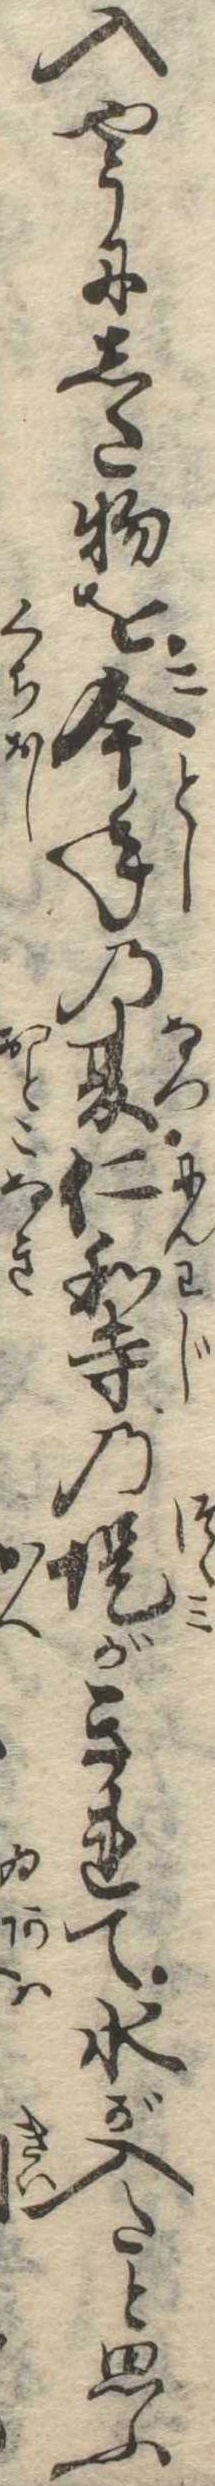
入やうにした物を今年の夏仁和寺の堤がきれて水が入たと思ふ